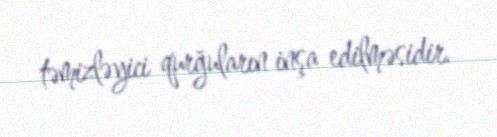
təmizləyici qurğuların inşa edilməsidir.